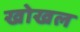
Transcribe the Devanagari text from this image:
खोखल